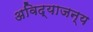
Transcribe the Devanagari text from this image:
अविद्याजन्य